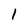
Character: I